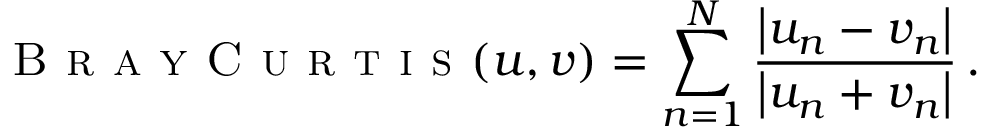
\textsc { B r a y C u r t i s } ( u , v ) = \sum _ { n = 1 } ^ { N } \frac { \left| u _ { n } - v _ { n } \right| } { \left| u _ { n } + v _ { n } \right| } \, .